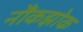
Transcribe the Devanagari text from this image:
नौंकझोक